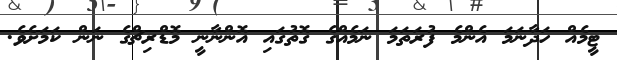
ޓީމެއް ހަދާނަމަ އެންމެ ފުރަތަމަ ނަމެއްގެ ގޮތުގައި އޮންނާނީ މޮޑްރިޗްގެ ނަން ކަމަށެވެ.